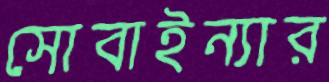
সোবাইন্যার